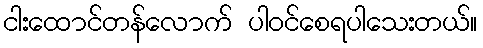
ငါးထောင်တန်လောက် ပါဝင်စေရပါသေးတယ်။